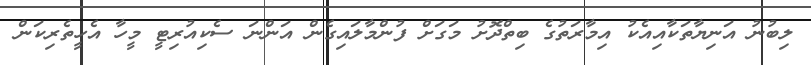
ލިބުނު އަނިޔާތަކާއިއެކު އިމާރަތުގެ ބިތްދޮށު މަގަށް ފުންމާލައިގެން އަންނަ ސެކިއުރިޓީ މީހާ އެހީތެރިކަން